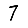
Digit: 7